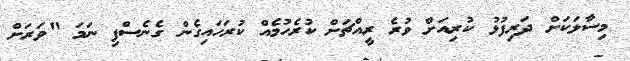
މިސާލަކަށް ދަރިފުޅު ކުރިއަށް ވުރެ ރީއްޗަށް ކުރެހުމެއް ކުރަހައިގެން ގެނެސްފި ނަމަ "ވަރަށް